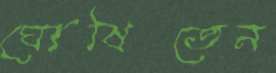
ঘোষিতেন